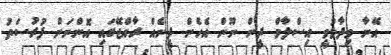
އޭނާ ވިދާޅުވީ އިސްލާމް ދީން ނޫން އެހެން ދީނެއް ރާއްޖޭގައި އޮންނަން ފުރުސަތު